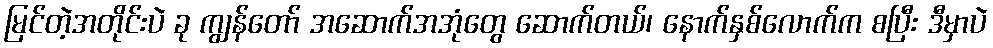
မြင်တဲ့အတိုင်းပဲ ခု ကျွန်တော် အဆောက်အအုံတွေ ဆောက်တယ်၊ နောက်နှစ်လောက်က စပြီး ဒီမှာပဲ